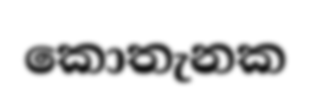
කොතැනක